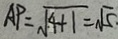
A P = \sqrt { 4 + 1 } = \sqrt { 5 } .